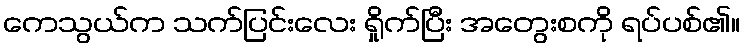
ကေသွယ်က သက်ပြင်းလေး ရှိုက်ပြီး အတွေးစကို ရပ်ပစ်၏။